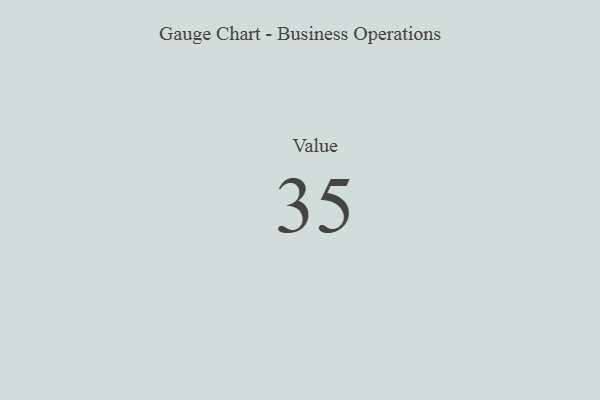
{"axis": {"x": "Metric", "y": "Value"}, "legend": [""], "data": [{"x": "Value", "y": 35, "type": ""}]}